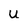
Character: u